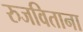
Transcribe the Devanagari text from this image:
रुजविताना